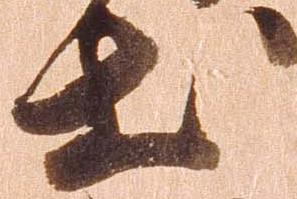
出